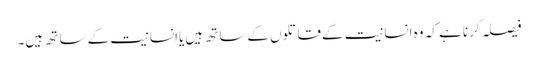
فیصلہ کرنا ہے کہ وہ انسانیت کےقاتلوں کےساتھ ہیں یاانسانیت کے ساتھ ہیں۔